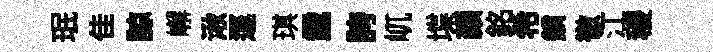
珉佳諒嶰湫逕琪纛誇屼堞颜銘希鎖徹江稷